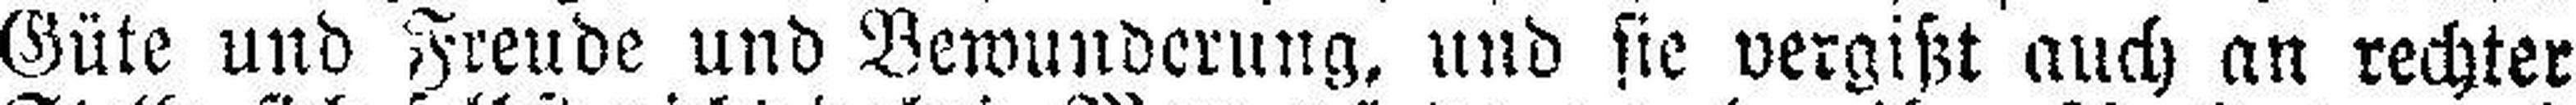
Güte und Freude und Bewunderung, und sie vergißt auch an rechter